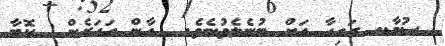
ސުމާ.. ރައިހާ އަށް ބުނެލެވުނެވެ.  އާން އަހަރެން  ކޮބާ